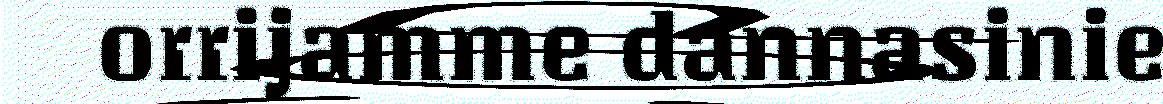
orrijamme dannasinie